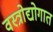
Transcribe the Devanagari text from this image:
वस्त्रोद्योगात